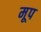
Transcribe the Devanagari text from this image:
मूप